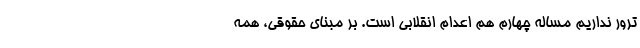
ترور نداریم مساله چهارم هم اعدام انقلابی است. بر مبنای حقوقی، همه